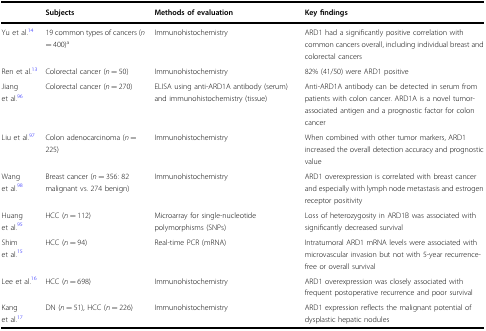
|  | Subjects | Methods of evaluation | Key findings |
 | --- | --- | --- | --- |
 | Yu et al.14 | 19 common types of cancers (n = 400)a | Immunohistochemistry | ARD1 had a significantly positive correlation with common cancers overall, including individual breast and colorectal cancers |
 | Ren et al.13 | Colorectal cancer (n = 50) | Immunohistochemistry | 82% (41/50) were ARD1 positive |
 | Jiang et al.96 | Colorectal cancer (n = 270) | ELISA using anti-ARD1A antibody (serum) and immunohistochemistry (tissue) | Anti-ARD1A antibody can be detected in serum from patients with colon cancer. ARD1A is a novel tumor-associated antigen and a prognostic factor for colon cancer |
 | Liu et al.97 | Colon adenocarcinoma (n = 225) | Immunohistochemistry | When combined with other tumor markers, ARD1 increased the overall detection accuracy and prognostic value |
 | Wang et al.98 | Breast cancer (n = 356: 82 malignant vs. 274 benign) | Immunohistochemistry | ARD1 overexpression is correlated with breast cancer and especially with lymph node metastasis and estrogen receptor positivity |
 | Huang et al.95 | HCC (n = 112) | Microarray for single-nucleotide polymorphisms (SNPs) | Loss of heterozygosity in ARD1B was associated with significantly decreased survival |
 | Shim et al.15 | HCC (n = 94) | Real-time PCR (mRNA) | Intratumoral ARD1 mRNA levels were associated with microvascular invasion but not with 5-year recurrence-free or overall survival |
 | Lee et al.16 | HCC (n = 698) | Immunohistochemistry | ARD1 overexpression was closely associated with frequent postoperative recurrence and poor survival |
 | Kang et al.17 | DN (n = 51), HCC (n = 226) | Immunohistochemistry | ARD1 expression reflects the malignant potential of dysplastic hepatic nodules |